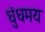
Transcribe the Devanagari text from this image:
धुंधमय